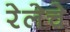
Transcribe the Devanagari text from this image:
रेलेचे